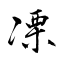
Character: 凓